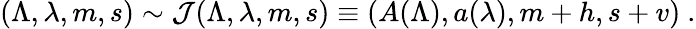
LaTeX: (\Lambda,\lambda,m,s)\sim{\cal J}(\Lambda,\lambda,m,s)\equiv(A(\Lambda),a(\lambda),m+h,s+v)~.